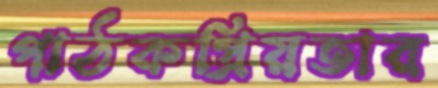
পাঠকপ্রিয়তার